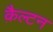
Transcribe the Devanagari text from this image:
क़ैल्टन